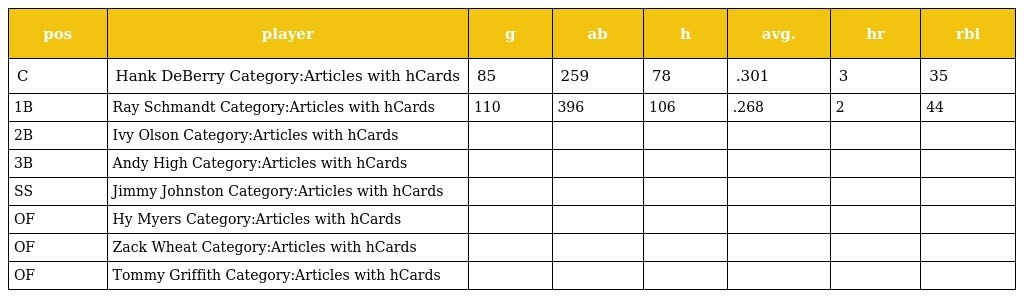
| pos | player | g | ab | h | avg. | hr | rbi |
 | --- | --- | --- | --- | --- | --- | --- | --- |
 | C | Hank DeBerry Category:Articles with hCards | 85 | 259 | 78 | .301 | 3 | 35 |
 | 1B | Ray Schmandt Category:Articles with hCards | 110 | 396 | 106 | .268 | 2 | 44 |
 | 2B | Ivy Olson Category:Articles with hCards |  |  |  |  |  |  |
 | 3B | Andy High Category:Articles with hCards |  |  |  |  |  |  |
 | SS | Jimmy Johnston Category:Articles with hCards |  |  |  |  |  |  |
 | OF | Hy Myers Category:Articles with hCards |  |  |  |  |  |  |
 | OF | Zack Wheat Category:Articles with hCards |  |  |  |  |  |  |
 | OF | Tommy Griffith Category:Articles with hCards |  |  |  |  |  |  |